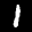
Label: 1